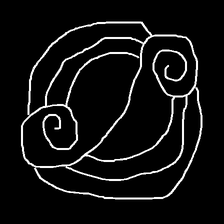
Glyph: wind-underfoot